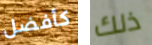
كأفضل ذلك